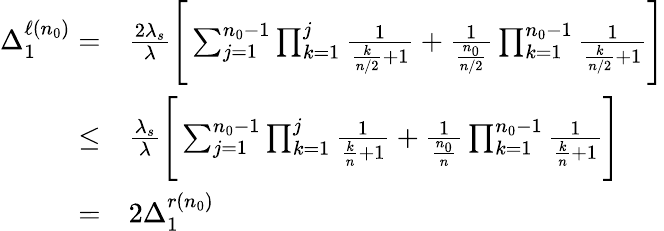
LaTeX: \begin{array}{rl}{\Delta_{1}^{\ell(n_{0})}=}&{\frac{2\lambda_{s}}{\lambda}\Bigg[\sum_{j=1}^{n_{0}-1}\prod_{k=1}^{j}\frac{1}{\frac{k}{n/2}+1}+\frac{1}{\frac{n_{0}}{n/2}}\prod_{k=1}^{n_{0}-1}\frac{1}{\frac{k}{n/2}+1}\Bigg]}\\ {\leq}&{\frac{\lambda_{s}}{\lambda}\Bigg[\sum_{j=1}^{n_{0}-1}\prod_{k=1}^{j}\frac{1}{\frac{k}{n}+1}+\frac{1}{\frac{n_{0}}{n}}\prod_{k=1}^{n_{0}-1}\frac{1}{\frac{k}{n}+1}\Bigg]}\\ {=}&{2\Delta_{1}^{r(n_{0})}}\end{array}